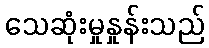
သေဆုံးမှုနှုန်းသည်